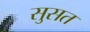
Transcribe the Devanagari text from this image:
सुसत